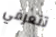
تتعرفي